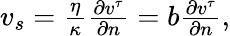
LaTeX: \begin{array}{r}{v_{s}=\frac{\eta}{\kappa}\frac{\partial v^{\tau}}{\partial n}=b\frac{\partial v^{\tau}}{\partial n},}\end{array}